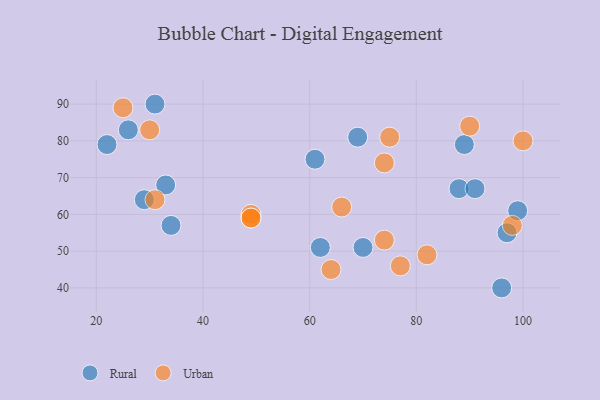
{"axis": {"x": "GDP", "y": "Life Expectancy"}, "legend": ["Rural", "Urban"], "data": [{"x": "26", "y": 83, "type": "Rural"}, {"x": "99", "y": 61, "type": "Rural"}, {"x": "62", "y": 51, "type": "Rural"}, {"x": "96", "y": 40, "type": "Rural"}, {"x": "22", "y": 79, "type": "Rural"}, {"x": "69", "y": 81, "type": "Rural"}, {"x": "88", "y": 67, "type": "Rural"}, {"x": "34", "y": 57, "type": "Rural"}, {"x": "97", "y": 55, "type": "Rural"}, {"x": "89", "y": 79, "type": "Rural"}, {"x": "61", "y": 75, "type": "Rural"}, {"x": "29", "y": 64, "type": "Rural"}, {"x": "33", "y": 68, "type": "Rural"}, {"x": "70", "y": 51, "type": "Rural"}, {"x": "31", "y": 90, "type": "Rural"}, {"x": "91", "y": 67, "type": "Rural"}, {"x": "74", "y": 53, "type": "Urban"}, {"x": "100", "y": 80, "type": "Urban"}, {"x": "82", "y": 49, "type": "Urban"}, {"x": "77", "y": 46, "type": "Urban"}, {"x": "31", "y": 64, "type": "Urban"}, {"x": "75", "y": 81, "type": "Urban"}, {"x": "74", "y": 74, "type": "Urban"}, {"x": "49", "y": 60, "type": "Urban"}, {"x": "98", "y": 57, "type": "Urban"}, {"x": "90", "y": 84, "type": "Urban"}, {"x": "49", "y": 59, "type": "Urban"}, {"x": "64", "y": 45, "type": "Urban"}, {"x": "25", "y": 89, "type": "Urban"}, {"x": "66", "y": 62, "type": "Urban"}, {"x": "49", "y": 59, "type": "Urban"}, {"x": "30", "y": 83, "type": "Urban"}]}